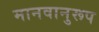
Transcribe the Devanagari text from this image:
मानवानुरूप